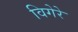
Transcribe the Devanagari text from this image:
विगेरे